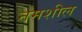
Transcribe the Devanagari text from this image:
नमशील